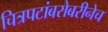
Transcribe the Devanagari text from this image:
चित्रपटांबरोबरीनेच